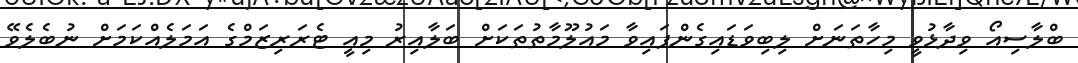
ބްލާސިއޯ ވިދާޅުވީ މިހާތަނަށް ލިބިވަޑައިގެންފައިވާ މައުލޫމާތުތަކަށް ބަލާއިރު މިއީ ޓެރަރިޒަމްގެ އަމަލެއްކަމަށް ނުބެލެވޭ